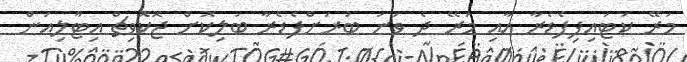
މަރޭ ކަޓައިފިފެޑެރާ އާއި މަރޭ ދެ ވަނަ ބުރަށްފެެޑެރާ ބަލިކޮށް ޖޮކޮވިޗް އިޓާލިއަން